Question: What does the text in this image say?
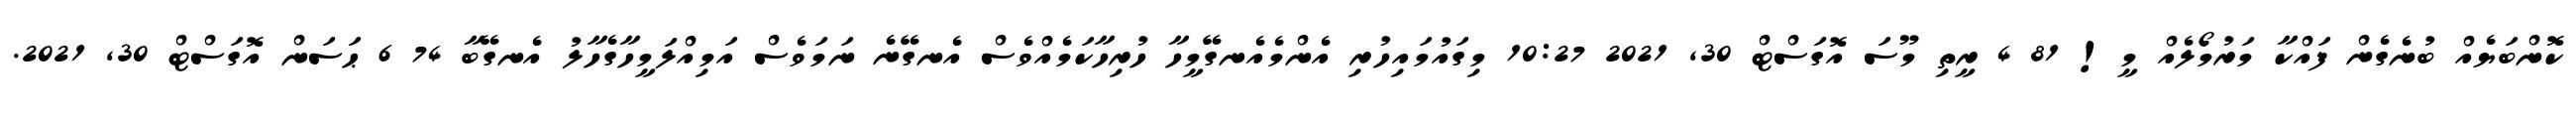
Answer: ކޮންބަޔެއް ބުނެގެން ފައްކާ މަރުމޯލެއް މީ! 81 4 ރީތި މޫސަ އޮގަސްޓް 30, 2021 10:27 މިގައުމައިހުރި އެންމެއެނގޭމީހާ ހުރިހާކަމެއްވެސް އެނގޭނެ ނަމަވެސް އަމިއްލަމީހާގެހާލު އެނގޭބާ 74 6 ޙަސަން އޮގަސްޓް 30, 2021.